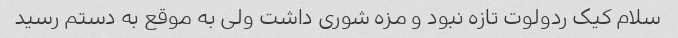
سلام کیک ردولوت تازه نبود و مزه شوری داشت ولی به موقع به دستم رسید